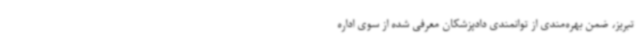
تبریز، ضمن بهره‌مندی از توانمندی دادپزشکان معرفی شده از سوی اداره